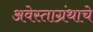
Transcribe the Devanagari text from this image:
अवेस्ताग्रंथाचे